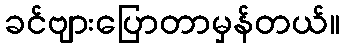
ခင်ဗျားပြောတာမှန်တယ်။